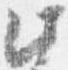
此